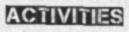
ACTIVITIES